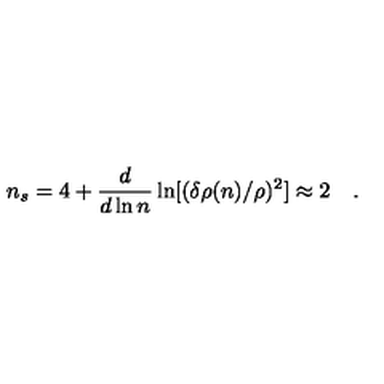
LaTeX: n _ { s } = 4 + \frac { d } { d \ln n } \ln [ ( \delta \rho ( n ) / \rho ) ^ { 2 } ] \approx 2 \quad .